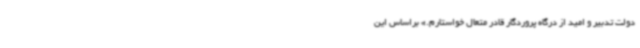
دولت تدبیر و امید از درگاه پروردگار قادر متعال خواستارم.» براساس این